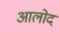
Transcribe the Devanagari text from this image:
आलोद